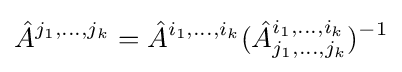
{\hat {A}}^{j_{1},\dots ,j_{k}}={\hat {A}}^{i_{1},\dots ,i_{k}}({\hat {A}}_{j_{1},\dots ,j_{k}}^{i_{1},\dots ,i_{k}})^{-1}